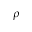
\rho